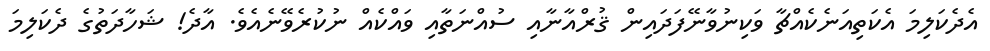
އެދެކަލިމަ އެކަތިއަނެކެއްޗާ ވަކިނުވާނޭފަދައިން ޤުރްއާނާއި ސުއްނަތާއި ވައްކެއް ނުކުރެވޭނެއެވެ. އާދެ! ޝަހާދަތުގެ ދެކަލިމަ